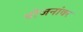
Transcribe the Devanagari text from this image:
योजनांवर